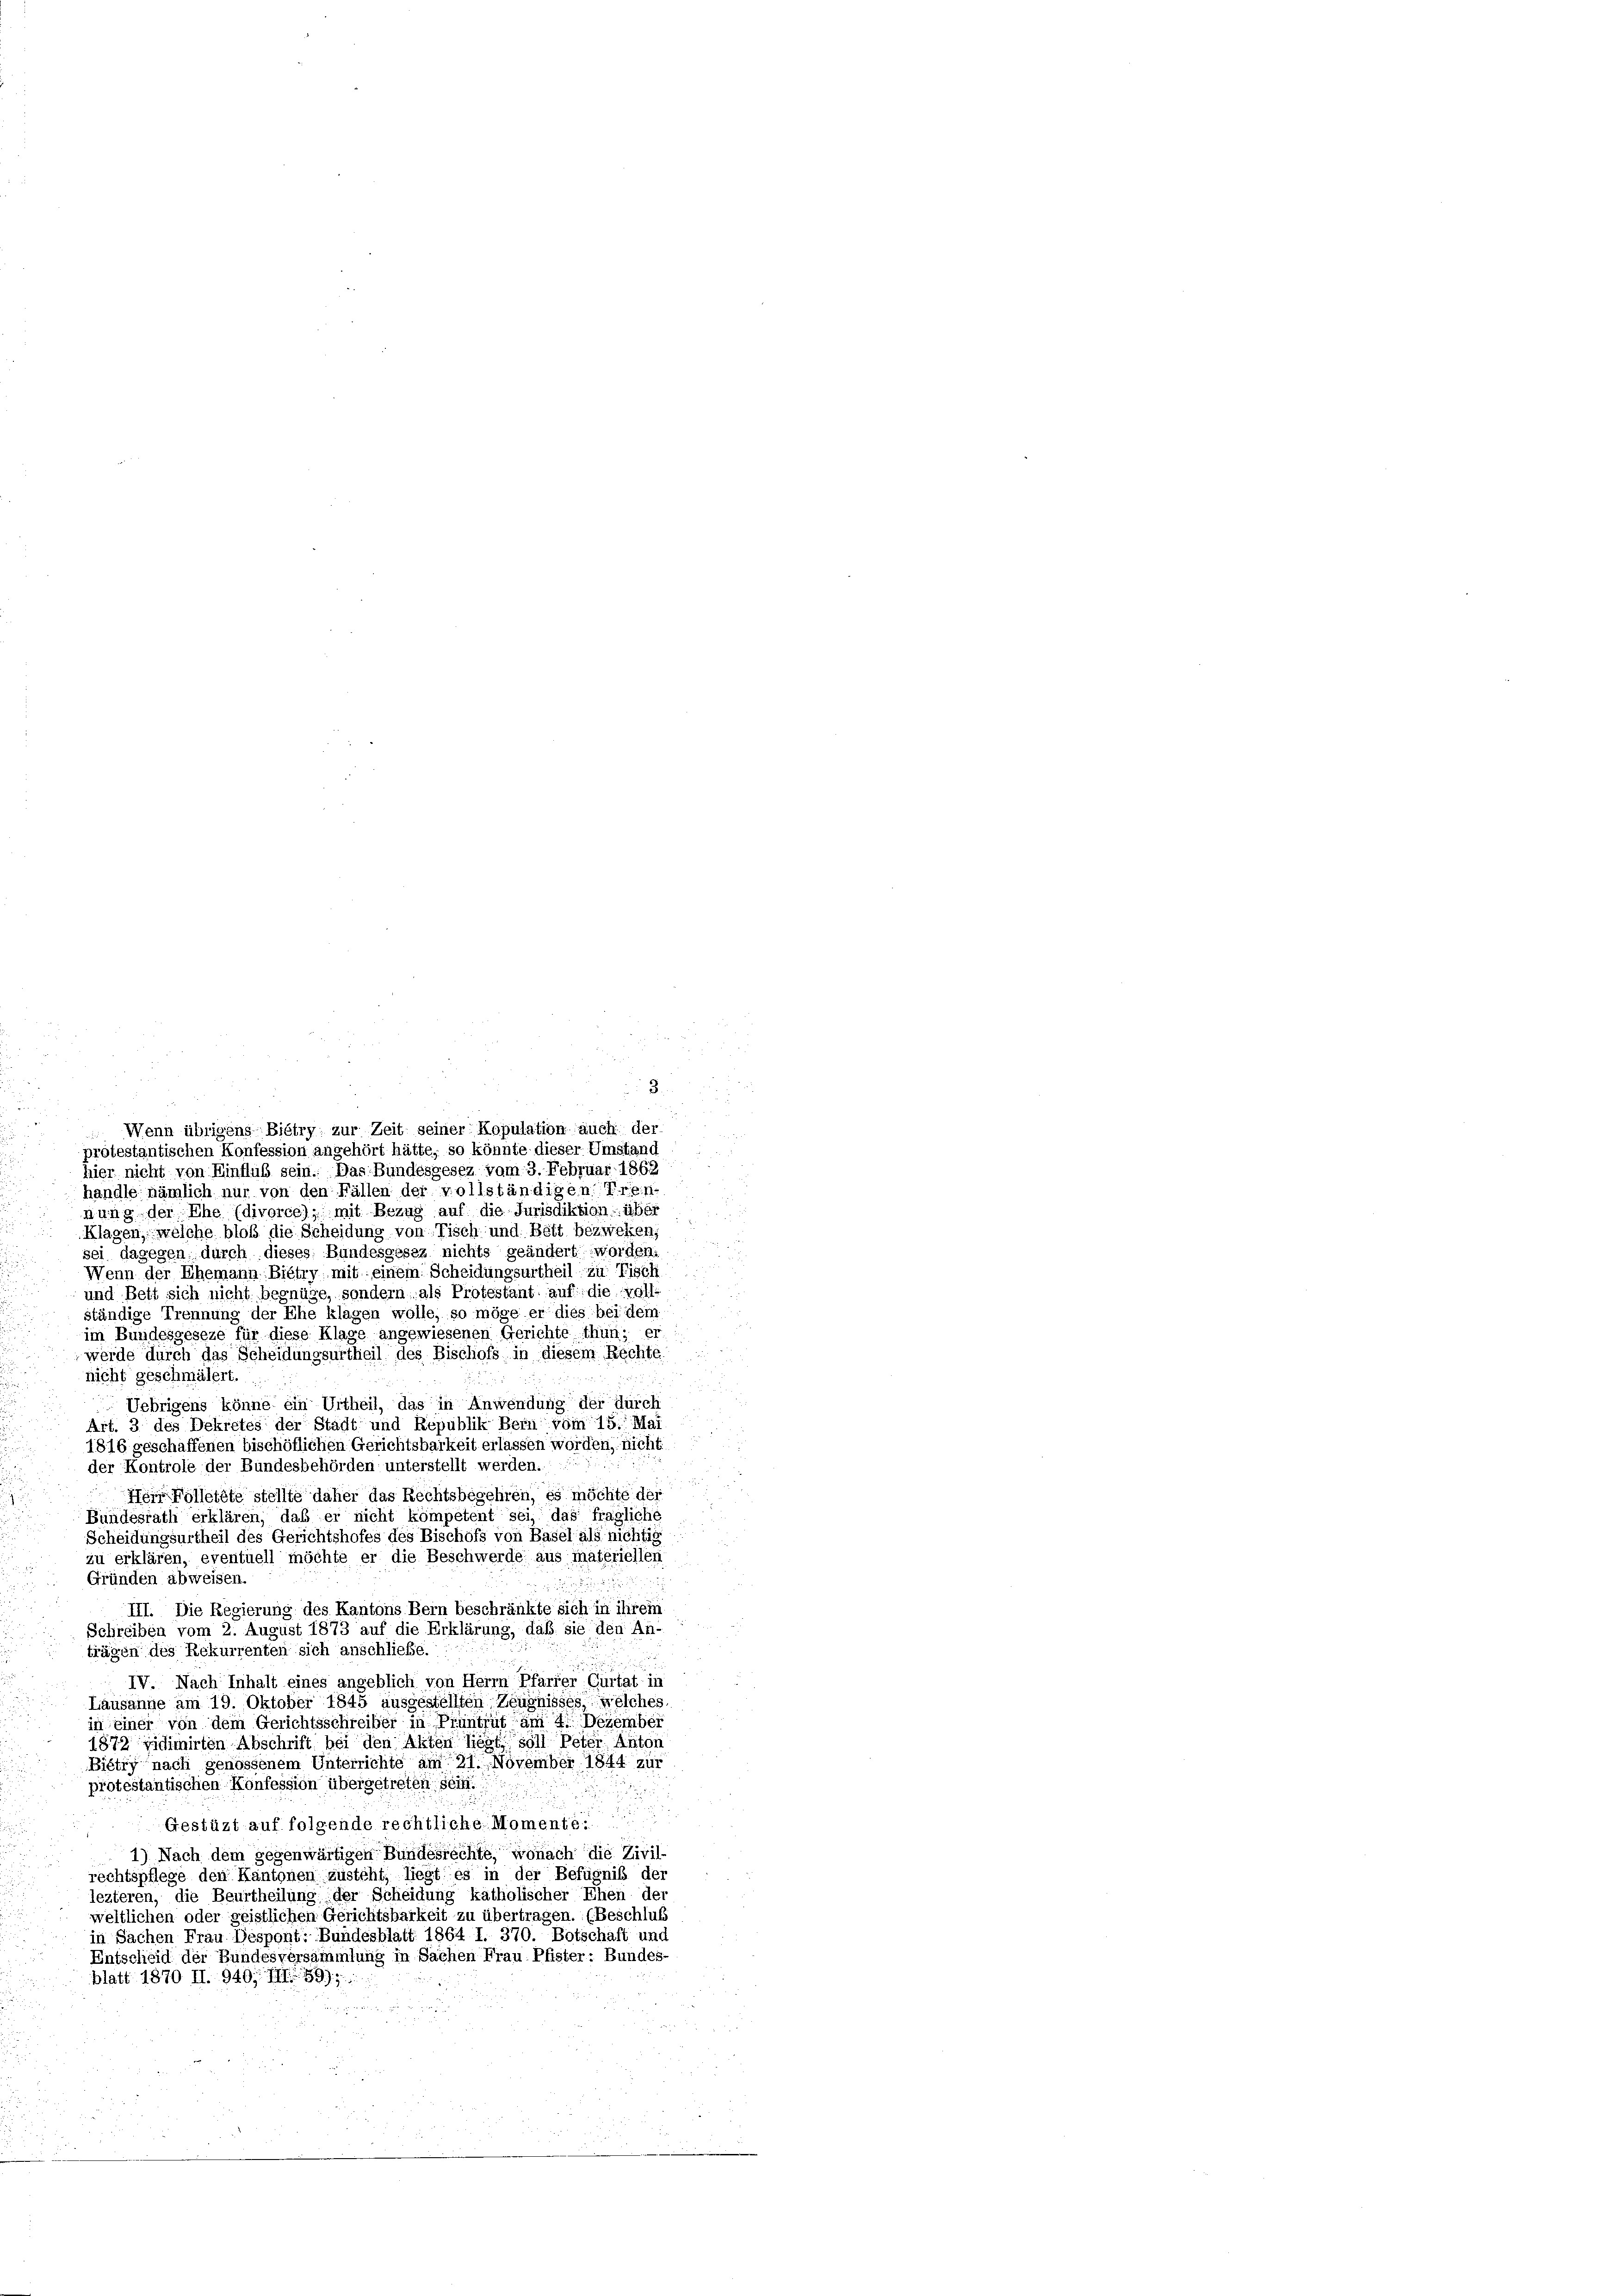
Wenn übrigens Biétry: zur Z
protestantischen Konfession angehört hätte, so könnte dieser Umstand
hier nicht von Einfluß sein. Das Bundesgesez vom 3. Februar 1862
handle nämlich nur von den Fällen der vollständigen Tren-
nung der Ehe (divorce); mit Bezug auf die Jurisdiktion über
Klagen, welche bloß die Scheidung von Tisch und Bett bezweken,
sei dagegen durch dieses Bundesgesez nichts geändert worden,
Wenn der Ehemann Bietry mit einem Scheidungsurtheil zu Tisch.
und Bett sich nicht begnüge, sondern als Protestant auf die voll-
ständige Trennung der Ehe klagen wolle, so möge er dies bei dem
im Bundesgeseze für diese Klage angewiesenen Gerichte thun; er
werde durch das Scheidungsurtheil des Bischofs in diesem Rechte
nicht geschmälert.
Uebrigens könne ein Urtheil, das in Anwendung der durch
Art. 3 des Dekretes der Stadt und Republik Bern vom 15. Mai
1816 geschaffenen bischöflichen Gerichtsbarkeit erlassen worden, nicht
der Kontrole der Bundesbehörden unterstellt werden.
Herr Folletete stellte daher das Rechtsbegehren, es möchte der
Bundesrath erklären, daß er nicht kompetent sei, das fragliche
Scheidungsurtheil des Gerichtshofes des Bischofs von Basel als nichtig
zu erklären, eventuell möchte er die Beschwerde aus materiellen
Gründen abweisen.
III. Die Regierung des Kantons Bern beschränkte sich in ihrem
Schreiben vom 2. August 1873 auf die Erklärung, daß sie den An-
trägen des Rekurrenten sich anschließe.
IV. Nach Inhalt eines angeblich von Herrn Pfarrer Gürtat in
Lausanne am 19. Oktober 1845 ausgestellten Zeugnisses, welches
in einer von dem Gerichtsschreiber in Prüntrut am 4. Dezember
1872 vidimirten Abschrift bei den Alten liegt soll Peter Anton
Biêtry nach genossenem Unterrichte am 21. November 1844 zur
protestantischen Konfession übergetreten sein.
Gestüzt auf folgende rechtliche Momente.
1) Nach dem gegenwärtigen Bundesrechte, wonach die Zivil-
rechtspflege den Kantonen zusteht, liegt es in der Befugnis der
lezteren, die Beurtheilung der Scheidung katholischer Ehen der
weltlichen oder geistlichen Gerichtsbarkeit zu übertragen. (Beschluß
in Sachen Frau Despont: Bundesblatt 1864 I. 370. Botschaft und
Entscheid der Bundesversammlung in Sachen Frau Pfister: Bundes-
blatt 1870 ff. 940, III 89),

3.
t seiner Kopulation auch der